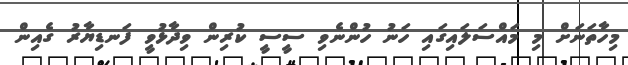
މިހާތަނަށް މި މައްސަލައިގައި ހަނު ހުންނެވި ސީސީ ކުރިން ވިދާޅުވީ ފަނޑިޔާރު ގެއިން